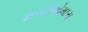
છબીઓમારા